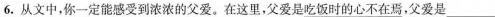
6.从文中，你一定能感受到浓浓的父爱。在这里，父爱是\underline{吃饭时的心不在焉}，父爱是___